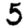
Digit: 5